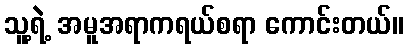
သူ့ရဲ့ အမူအရာကရယ်စရာ ကောင်းတယ်။